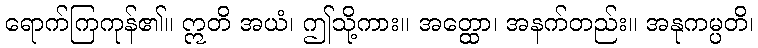
ရောက်ကြကုန်၏။ ဣတိ အယံ၊ ဤသို့ကား။ အတ္ထော၊ အနက်တည်း။ အနုကမ္ပတိ၊